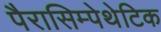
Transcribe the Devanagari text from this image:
पैरासिम्पेथेटिक